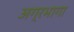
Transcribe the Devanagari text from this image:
अग्रभागा